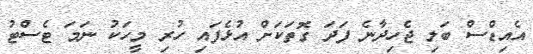
އެއިޑްސް ބަލި ޖެހިދާނެ ފަދަ ގޮތަކަށް އުޅެފައި ހުރި މީހަކު ނަމަ ޓެސްޓު